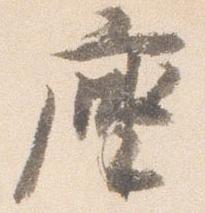
座